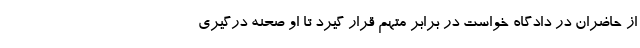
از حاضران در دادگاه خواست در برابر متهم قرار گیرد تا او صحنه درگیری